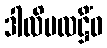
ဒါလိမလဋ္ဌိံဝ